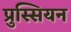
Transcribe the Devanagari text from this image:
प्रुस्सियन